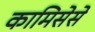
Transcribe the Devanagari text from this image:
कामिसेसे